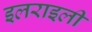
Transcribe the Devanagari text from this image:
इलराइली